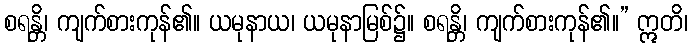
စရန္တိ၊ ကျက်စားကုန်၏။ ယမုနာယ၊ ယမုနာမြစ်၌။ စရန္တိ၊ ကျက်စားကုန်၏။” ဣတိ၊